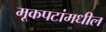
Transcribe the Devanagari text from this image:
मूकपटांमधील